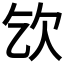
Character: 𣢆